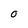
Character: O